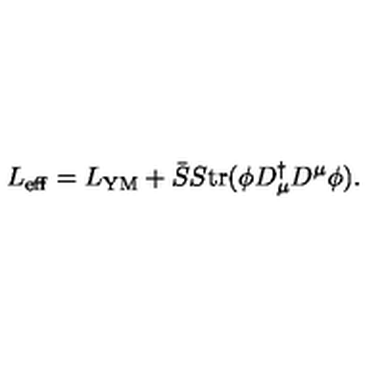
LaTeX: L _ { \mathrm { e f f } } = L _ { \mathrm { Y M } } + \bar { S } S \mathrm { t r } ( \phi D _ { \mu } ^ { \dagger } D ^ { \mu } \phi ) .